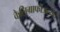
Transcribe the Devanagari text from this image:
कैलिग्राफीअत्यंत